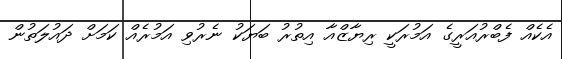
އެކެއް ފެބްރުއަރީގެ އަމުރަކީ ރިޔާޒްއާ އިތުރު ބަޔަކު ނެރުވި އަމުރެއް ކަމަށް ދައުލަތުން